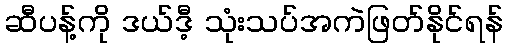
ဆီပန့်ကို ဒယ်ဒီ့ သုံးသပ်အကဲဖြတ်နိုင်ရန်